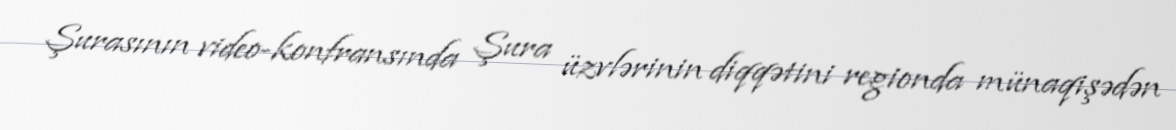
Şurasının video-konfransında Şura üzvlərinin diqqətini regionda münaqişədən